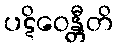
ပဋိဝေန္တီတိ